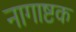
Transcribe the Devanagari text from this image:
नागाष्टक